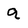
Character: q